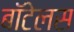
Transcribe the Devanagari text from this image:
बॉटेलस